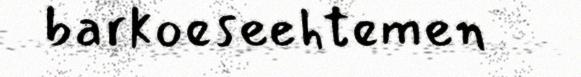
barkoeseehtemen